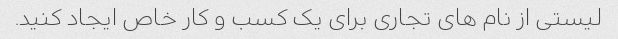
لیستی از نام های تجاری برای یک کسب و کار خاص ایجاد کنید.